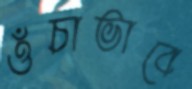
ওঁচাভাবে